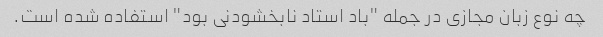
چه نوع زبان مجازی در جمله "باد استاد نابخشودنی بود" استفاده شده است.